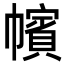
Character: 㡦